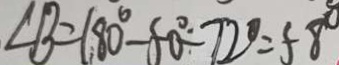
\angle B = 1 8 0 ^ { \circ } - 5 0 ^ { \circ } - 7 2 ^ { \circ } = 5 8 ^ { \circ }